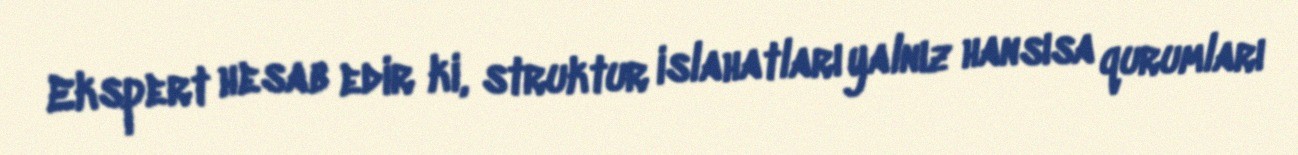
Ekspert hesab edir ki, struktur islahatları yalnız hansısa qurumları